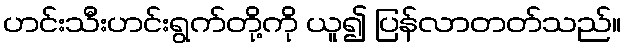
ဟင်းသီးဟင်းရွက်တို့ကို ယူ၍ ပြန်လာတတ်သည်။